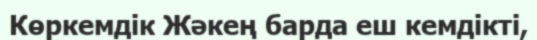
Көркемдік Жәкең барда еш кемдікті,